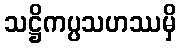
သဋ္ဌိကပ္ပသဟဿမှိ